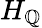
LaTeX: H_{\mathbb{Q}}